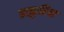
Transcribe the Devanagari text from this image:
ढाकुरिया